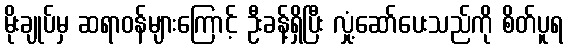
မိုးချုပ်မှ ဆရာဝန်များကြောင့် ဦးခန့်ရှိပြီး လှုံ့ဆော်ပေးသည်ကို စိတ်ပူရ